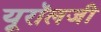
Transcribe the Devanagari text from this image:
यूरॉलजी